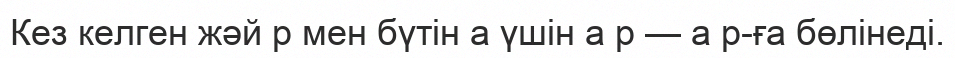
Кез келген жәй p мен бүтін a үшін a p — a p-ға бөлінеді.